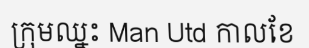
ក្រុមឈ្នះ Man Utd កាលខែ